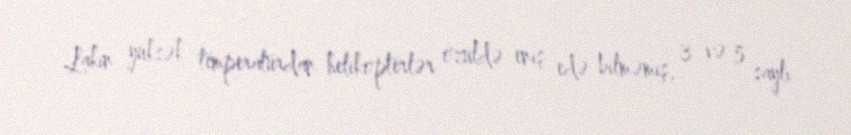
Lakin yüksək temperaturdan helikopterlər özüldə eniş edə bilməmiş, 3 və 5 saylı